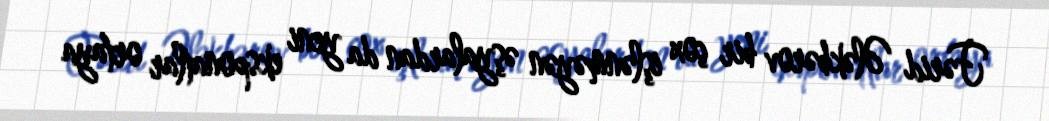
Fərid Ələkbərov bir çox işlənməyən əşyalardan da yeni eksponatlar ortaya